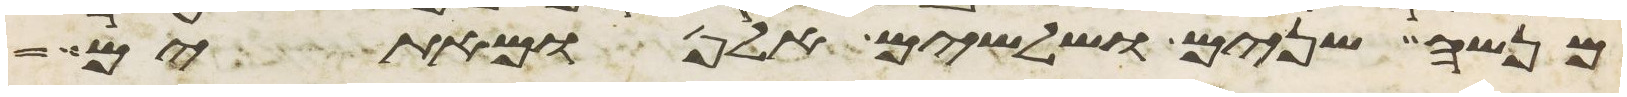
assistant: מנשה שנים ושלשים אלף ומאתים